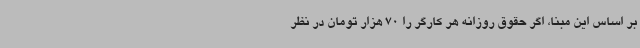
بر اساس این مبنا، اگر حقوق روزانه هر کارگر را 70 هزار تومان در نظر